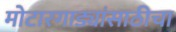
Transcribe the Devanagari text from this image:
मोटारगाड्यांसाठीचा